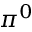
\pi ^ { 0 }